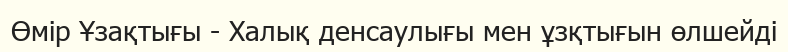
Өмір Ұзақтығы - Халық денсаулығы мен ұзқтығын өлшейді